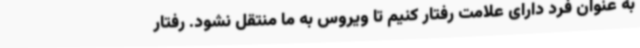
به عنوان فرد دارای علامت رفتار کنیم تا ویروس به ما منتقل نشود. رفتار